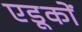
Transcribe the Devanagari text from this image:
एडूकों